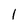
Character: l